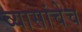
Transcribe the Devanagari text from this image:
व्यासांचेच